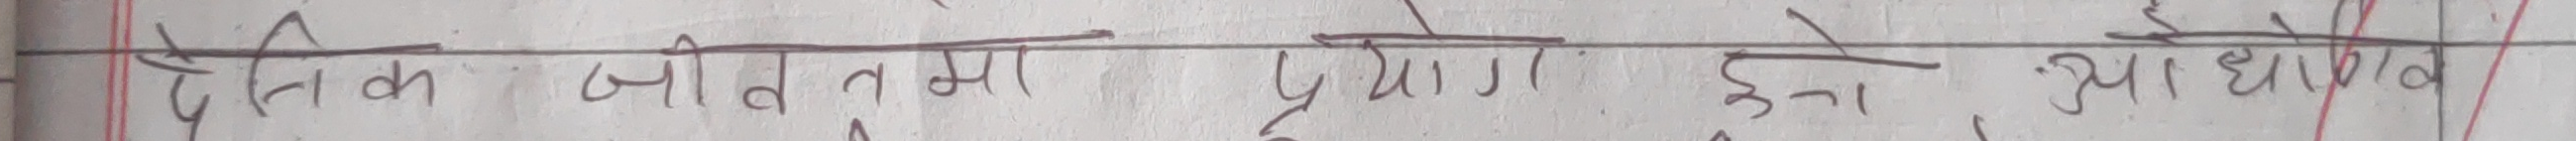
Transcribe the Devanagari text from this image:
दैनिक जीवन तथा प्रयोग हुने साधारण